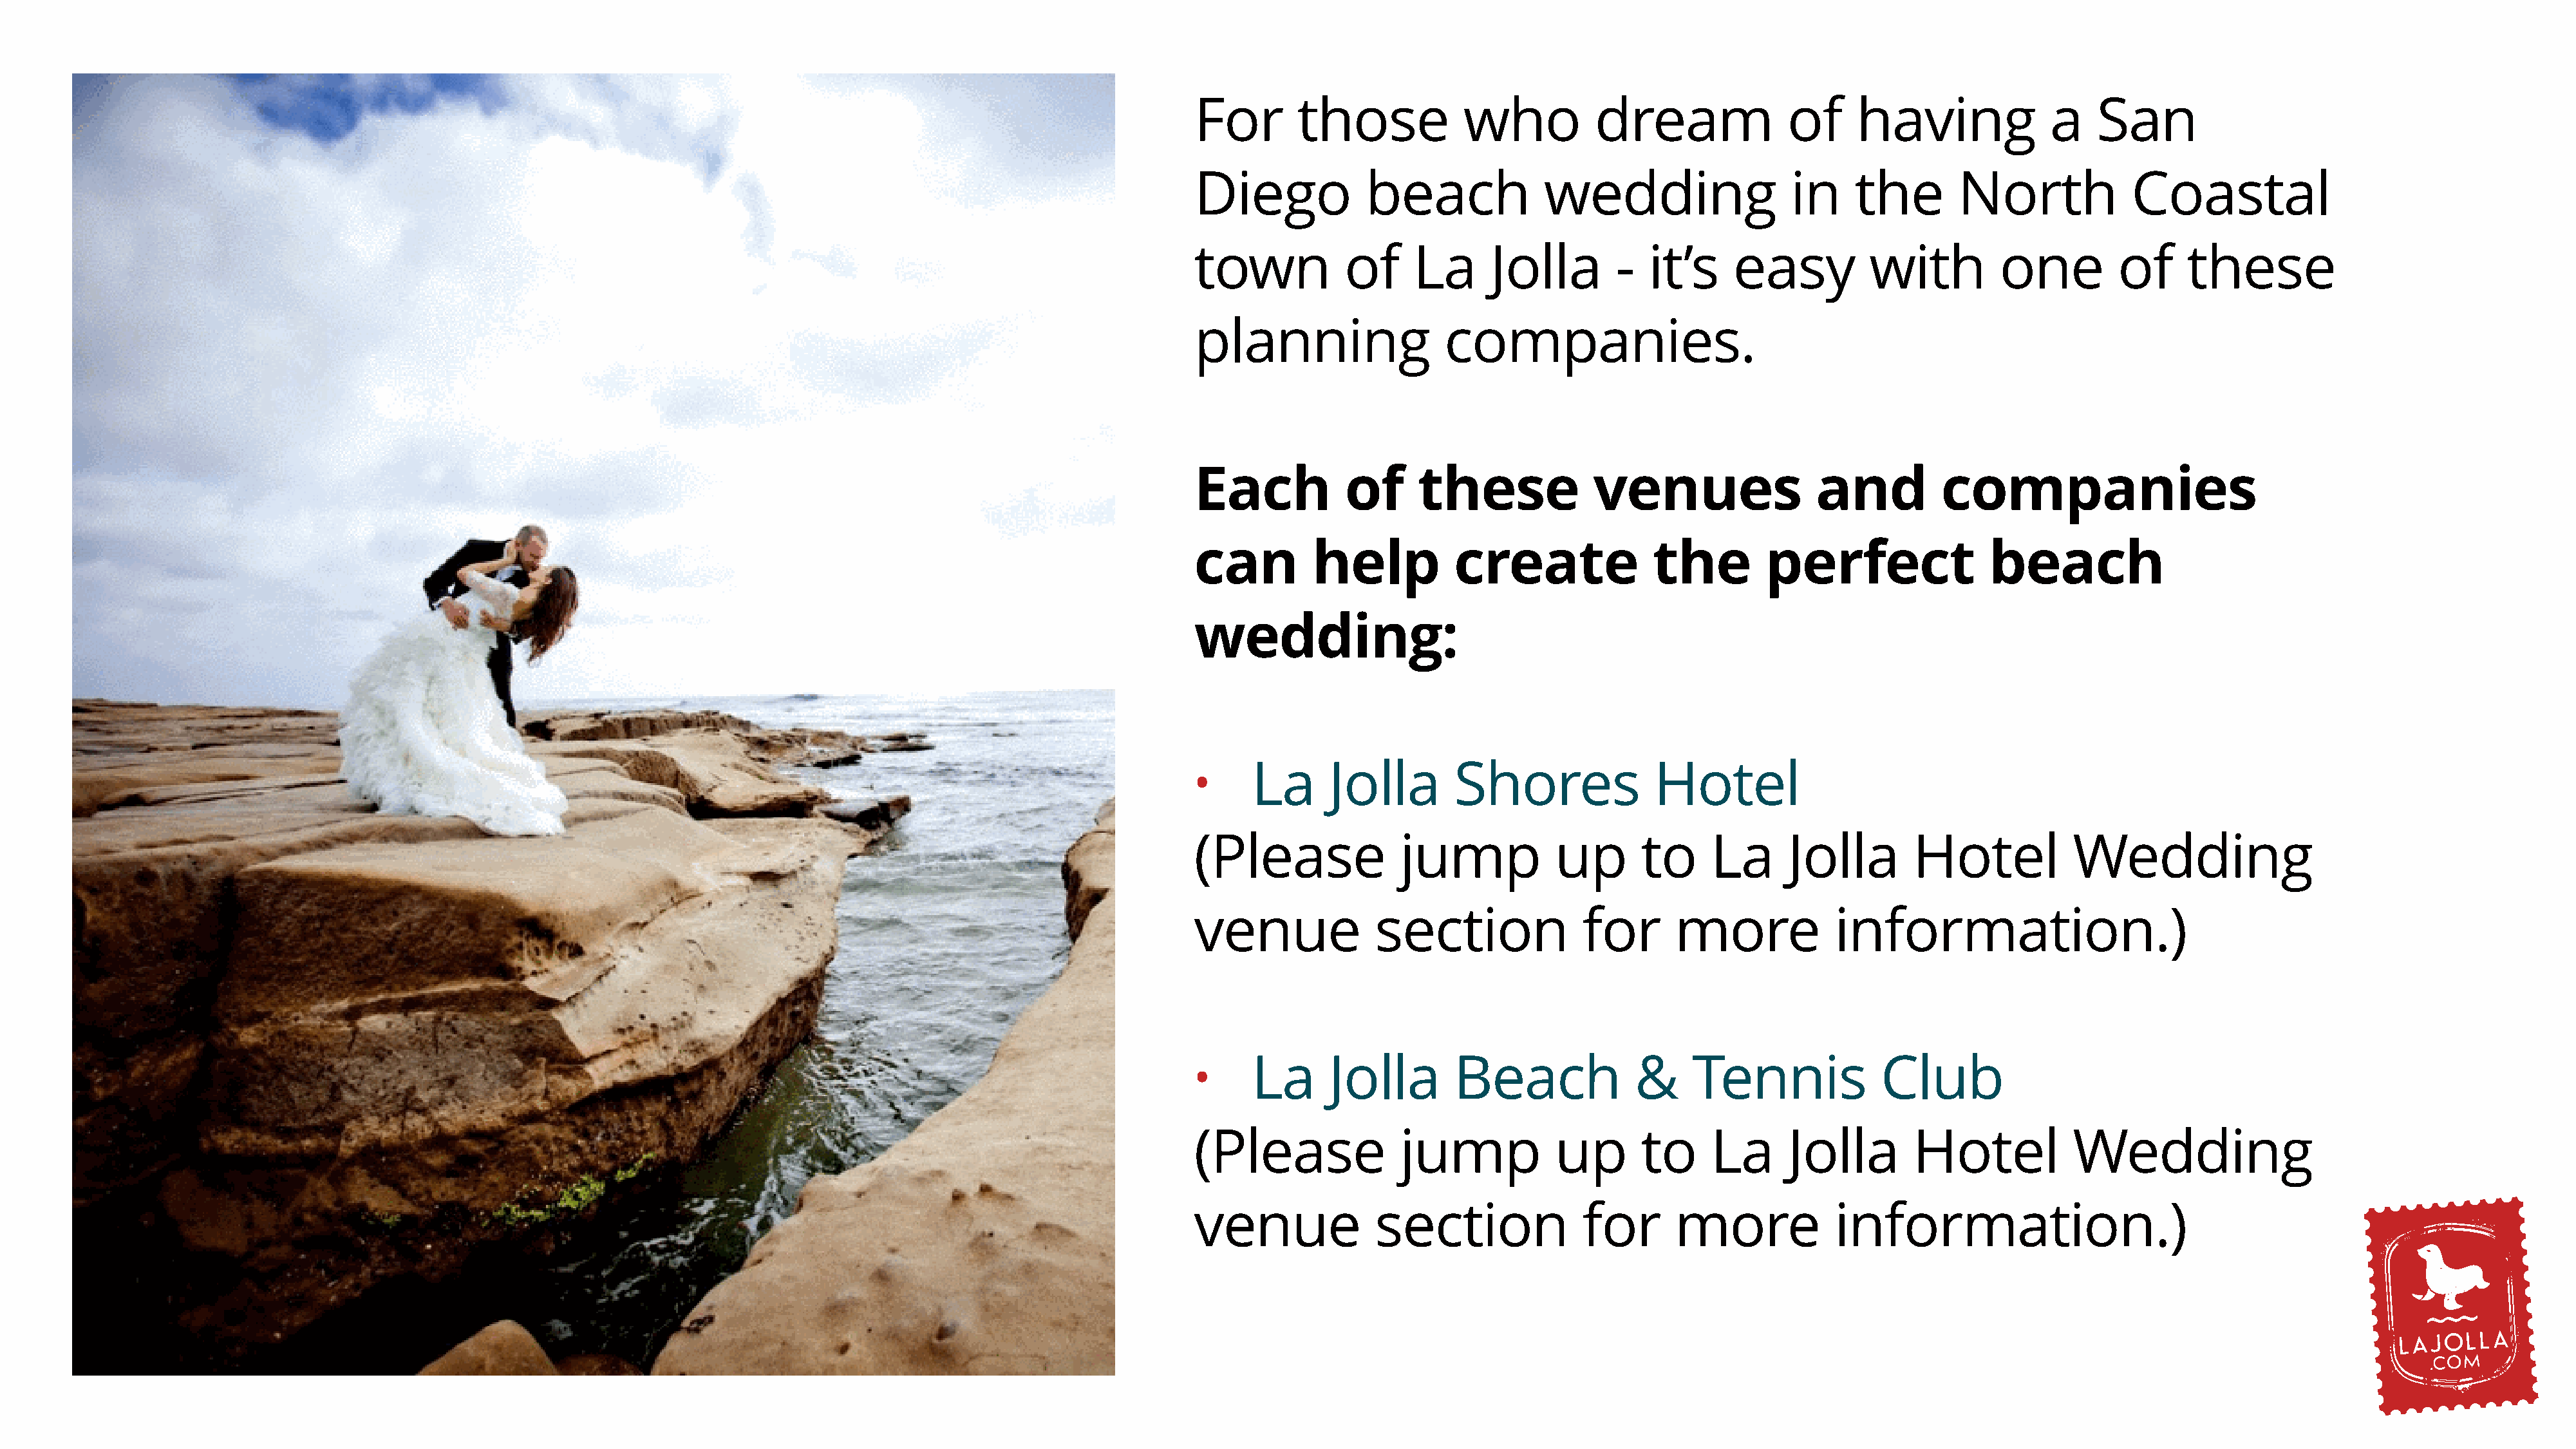
For       those            who           dream               of     having              a    San
 Diego            beach              wedding                  in     the       North             Coastal
 town           of     La      Jolla        -  it’s     easy          with          one         of     these
 planning                 companies.
 Each           of      these             venues                 and          companies
 can         help          create               the        perfect                beach
 wedding:
 La      Jolla       Shores               Hotel
 •
 (Please              jump            up       to     La      Jolla        Hotel           Wedding
 venue             section               for      more             information.)
 La      Jolla       Beach              &     Tennis             Club
 •
 (Please              jump            up       to     La      Jolla        Hotel           Wedding
 venue             section               for      more             information.)